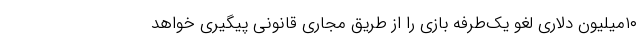
۱۰میلیون دلاری لغو یک‌طرفه بازی را از طریق مجاری قانونی پیگیری خواهد